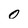
Character: 0